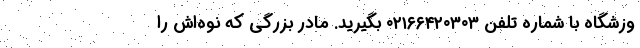
وزشگاه با شماره تلفن ۰۲۱۶۶۴۲۰۳۰۳ بگیرید. مادر بزرگی که نوه‌اش را